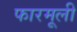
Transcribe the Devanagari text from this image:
फारमूली